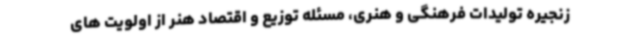
زنجیره تولیدات فرهنگی و هنری، مسئله توزیع و اقتصاد هنر از اولویت های